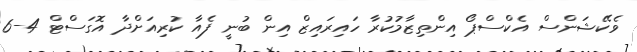
ވެކޭޝަންސް އެކްސްޕޯ އިންތިޒާމުކުރާ ހައިރައިޒް އިން ބުނީ ފެއާ ކުރިއަށްދާ އޮގަސްޓް 4-6